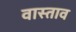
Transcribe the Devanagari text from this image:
वास्ताव